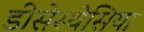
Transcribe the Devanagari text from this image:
डीसेस्थेसिया